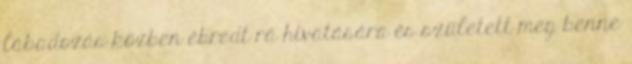
lábadozás közben ébredt rá hivatására és született meg benne